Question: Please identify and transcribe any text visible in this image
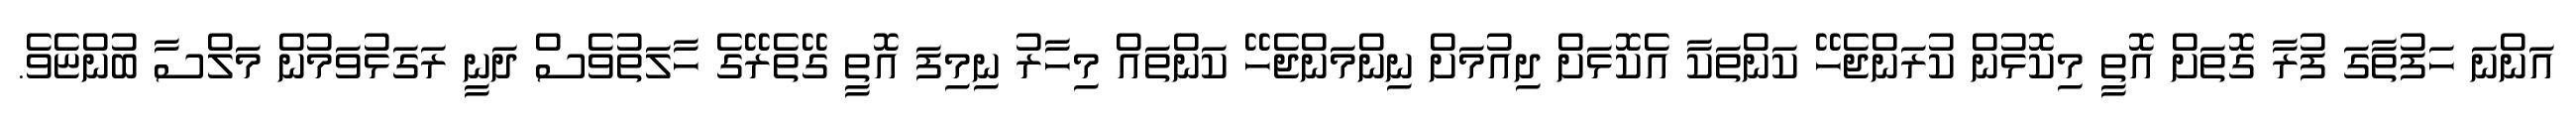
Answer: އަންނަ ހަފުތާގަ ފުރާ ގޮތަށް އޮތީ މިކޮޅުން ކުރަންޖެހޭ ކަންތަކާ އެކޮޅަށް ދިއުމަށް ނިންމަންޖެހޭ ކަންތައް މިހާރު ނިމިފަ އޮތީ ގޭތެރޭގެ ހާލަތުވެސް ދަނީ ރަގަޅުވަމުން މަލްސާ ބުންޏެވެ.